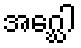
အဂ္ဃေါ